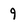
Character: 9